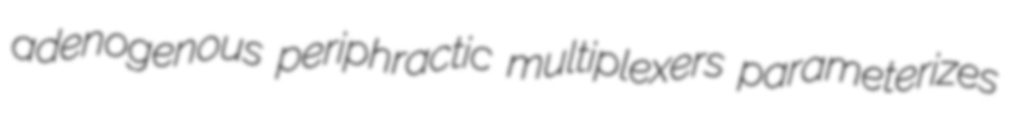
adenogenous periphractic multiplexers parameterizes